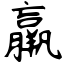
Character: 羸